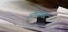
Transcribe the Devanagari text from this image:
उच्छिस्ट